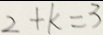
2 + k = 3